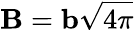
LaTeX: {\mathbf{B}}={\mathbf{b}}\sqrt{4\pi}